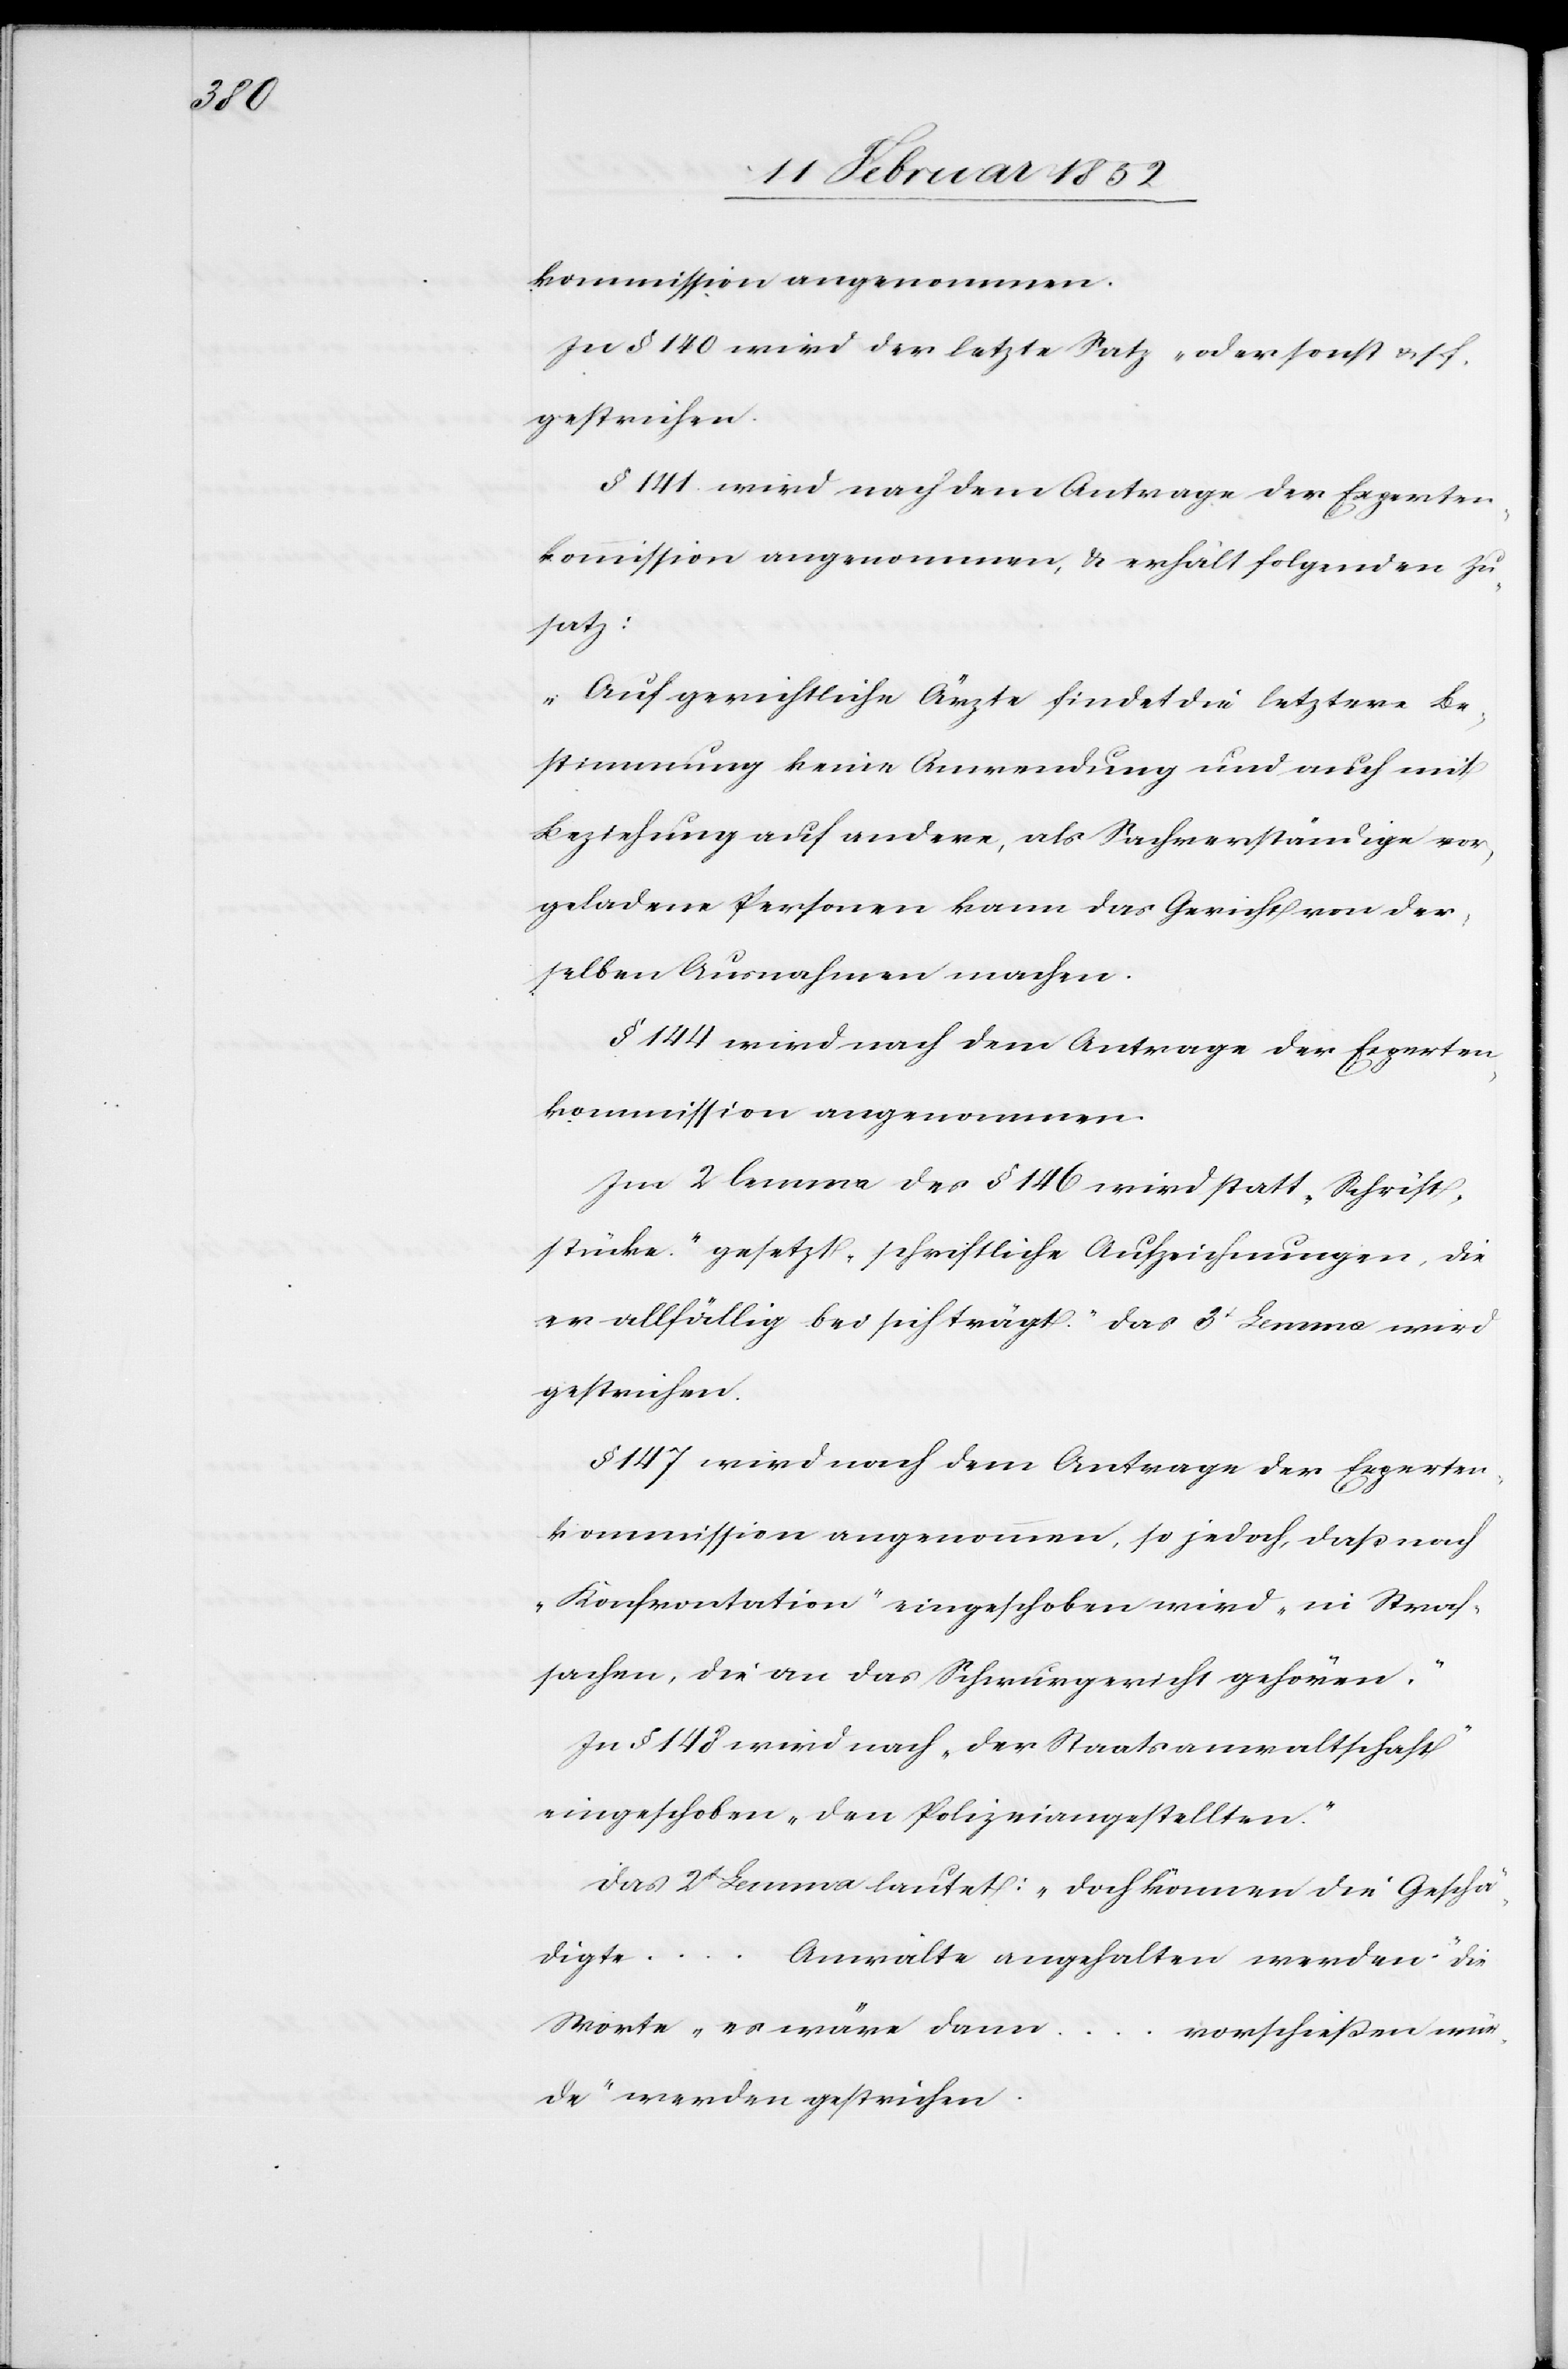
In § 140 wird der letzte Satz „oder sonst u. s.
gestrichen.
§ 141. wird nach dem Antrage der Experten¬
kommission angenommen, u. erhält folgenden Zu¬
satz:
„Auf gerichtliche Ärzte findet die letztere Be¬
stimmung keine Anwendung und auch mit
Beziehung auf andere, als Sachverständige vor¬
geladene Personen kann das Gericht von der¬
selben Ausnahmen machen.
§ 144 wird nach dem Antrage der Experten¬
kommission angenommen.
Im 2. lemma des § 146 wird statt „Schrift¬
stücke“ gesetzt „schriftliche Aufzeichnungen, die
er allfällig bei sich trägt.“ das 3t Lemma wird
gestrichen.
§ 147 wird nach dem Antrage der Experten¬
kommission angenommen, so jedoch, daß nach
„Konfrontation“ eingeschoben wird „in Straf¬
sachen, die an das Schwurgericht gehören.“
In § 148 wird nach „der Staatsanwaltschaft“
eingeschoben, „den Polizeiangestellten.“
Das 2t Lemma lautet: „doch können die Geschä¬
digte
Anwälte angehalten werden“ die
Worte „er wäre dann
vorschießen wür¬
de“ werden gestrichen.